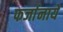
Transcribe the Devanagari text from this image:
फर्जानाये